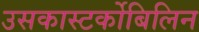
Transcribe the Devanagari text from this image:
उसकास्‍टर्कोबिलिन